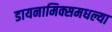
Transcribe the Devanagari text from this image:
डायनामिक्समधल्या